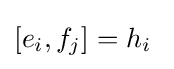
[e_{i},f_{j}]=h_{i}\